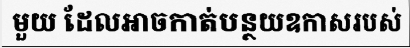
មួយ ដែលអាចកាត់បន្ថយឧកាសរបស់